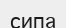
сипа